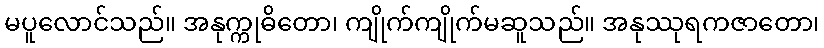
မပူလောင်သည်။ အနုက္ကုဓိတော၊ ကျိုက်ကျိုက်မဆူသည်။ အနုဿုရကဇာတော၊